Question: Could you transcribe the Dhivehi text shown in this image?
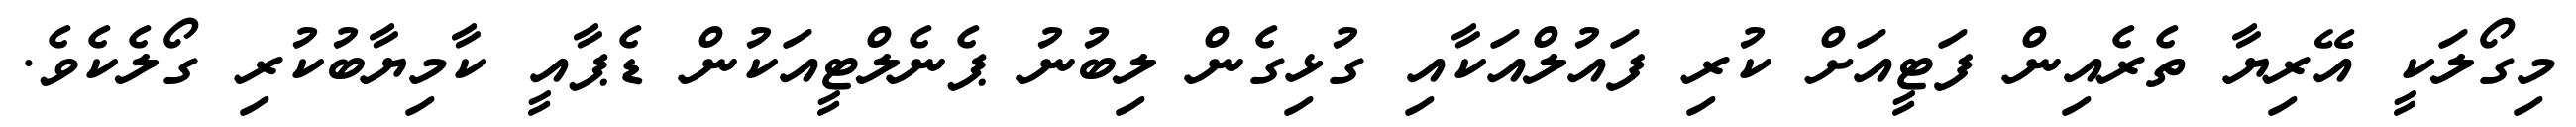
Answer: މިގޯލަކީ އޭރިޔާ ތެރެއިން ފަޓީއަށް ކުރި ފައުލްއަކާއި ގުޅިގެން ލިބުނު ޕެނެލްޓީއަކުން ޑެޕާއީ ކާމިޔާބުކުރި ގޯލެކެވެ.